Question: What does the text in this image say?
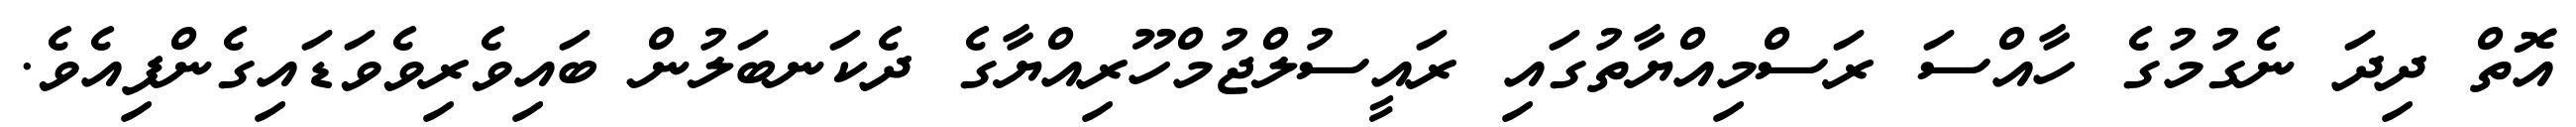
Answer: އޮތް ދިދަ ނެގުމުގެ ހާއްސަ ރަސްމިއްޔާތުގައި ރައީސުލްޖުމްހޫރިއްޔާގެ ދެކަނބަލުން ބައިވެރިވެވަޑައިގެންފިއެވެ.